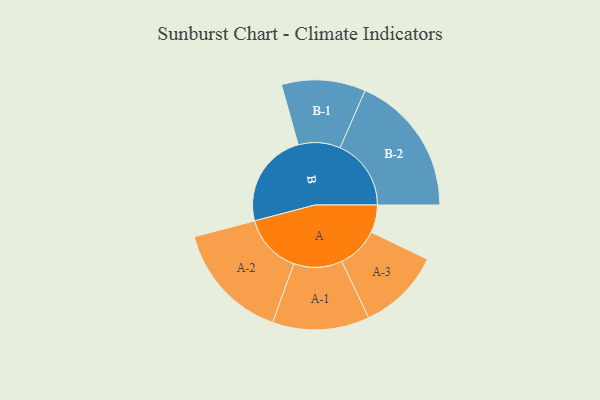
{"axis": {"x": "Segment", "y": "Value"}, "legend": ["", "A", "B"], "data": [{"x": "A", "y": 111, "type": ""}, {"x": "B", "y": 384, "type": ""}, {"x": "A-1", "y": 195, "type": "A"}, {"x": "A-2", "y": 239, "type": "A"}, {"x": "A-3", "y": 167, "type": "A"}, {"x": "B-1", "y": 169, "type": "B"}, {"x": "B-2", "y": 286, "type": "B"}]}